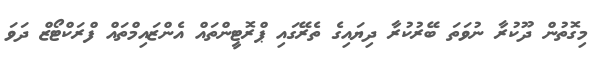
މިގޮތުން ދޫކުރާ ނުވަތަ ބޭރުކުރާ ދިޔައިގެ ތެރޭގައި ޕްރޮޓީންތައް އެންޒައިމްތައް ފްރަކްޓޯޒް ދަވަ